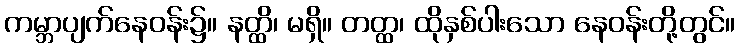
ကမ္ဘာပျက်နေဝန်း၌။ နတ္ထိ၊ မရှိ။ တတ္ထ၊ ထိုနှစ်ပါးသော နေဝန်းတို့တွင်။